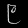
Digit: ၉